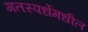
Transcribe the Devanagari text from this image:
गतस्पर्धेमधील